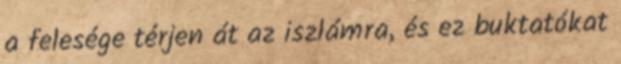
a felesége térjen át az iszlámra, és ez buktatókat